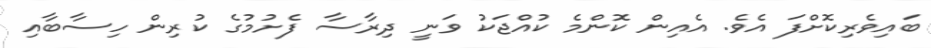
ބައިވެރިކޮށްފަ އެވެ. އެއިން ކޮންމެ ކުއްޖަކު ވަނީ ދިރާސާ ފެށުމުގެ ކުރިން ހިސާބާއި